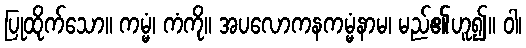
ပြုထိုက်သော။ ကမ္မံ၊ ကံကို။ အပလောကနကမ္မံနာမ၊ မည်၏ဟူ၍။ ဝါ၊